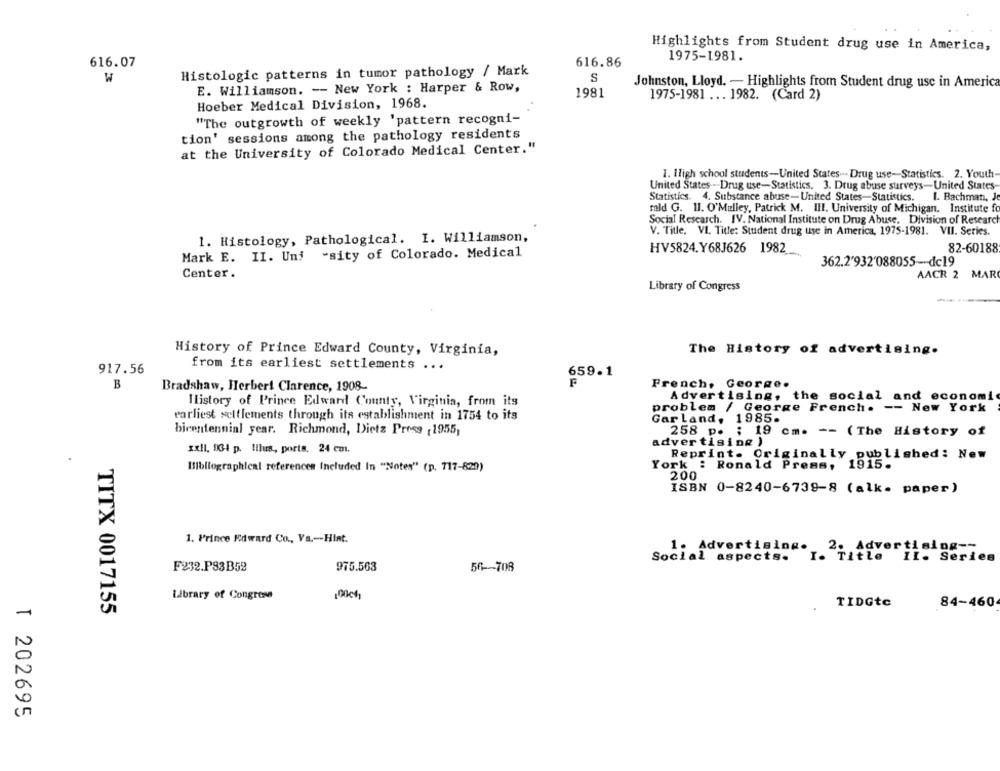
Highlights from Student drug use in America,
616.86
1975-1981.
616.07
W
Histologic patterns in tumor pathology / Mark
S
Johnston, Lloyd. - Highlights from Student drug use in America
E. Williamson. -- New York : Harper & Row,
1981
1975-1981 ... 1982. (Card 2)
Hoeber Medical Division, 1968.
"The outgrowth of weekly 'pattern recogni-
tion' sessions among the pathology residents
at the University of Colorado Medical Center."
1. High school students-United States -. Drug use-Statistics. 2. Youth-
United States - Drug use-Statistics. 3. Drug abuse surveys-United States-
Statistics. 4. Substance abuse-United States-Statistics.
1. Bachman, Je
fald G. 11. O'Malley, Patrick M. III. University of Michigan. Institute fo
Social Research. IV. National Institute on Drug Abuse. Division of Research
V. Title, VI. Title: Student drug use in America, 1975-1981. VII. Series.
1. Histology, Pathological. I. Williamson,
82-60188
Mark E. II. Uni -sity of Colorado. Medical
HV5824.Y68J626 1982_
362.2'932'088055-dc19
Center.
AACR 2 MAR
Library of Congress
History of Prince Edward County, Virginia,
The History of advertising.
917.56
from its earliest settlements ...
659.1
B
French, George.
Bradshaw, Herbert Clarence, 1908-
Ilistory of Prince Edward County, Virginia, from its
Advertising, the social and economic
problem / George French. -- New York
earliest settlements through its establishment in 1754 to its
Garland, 1985.
bicentennial year. Richmond, Dietz Press , 1955,
258 p. : 19 cm. -- (The History of
advertising )
xxll. 164 p. Illus, ports. 24 cmn.
Reprint. Originally published: New
Bibliographical references Included In "Notes" (p. 717-820)
York : Ronald Press, 1915.
200
ISBN 0-8240-6739-8 (alk. paper)
1. Prince Edward Co ., Va .-- Hint.
1. Advertising.
Advertising --
Social aspects. I. Title II. Series
F232.P83B52
975.563
56-708
Library of Congress
00ch)
TIDGtc
84-460
TITX 0017155
T 202695